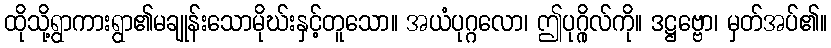
ထိုသို့ရွာကားရွာ၏မချုန်းသောမိုဃ်းနှင့်တူသော။ အယံပုဂ္ဂလော၊ ဤပုဂ္ဂိုလ်ကို။ ဒဋ္ဌဗ္ဗော၊ မှတ်အပ်၏။